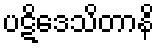
ပဋိဒေသိတာနိ